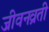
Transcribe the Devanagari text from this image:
जीवनव्रती